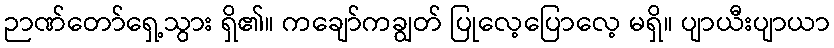
ဉာဏ်တော်ရှေ့သွား ရှိ၏။ ကချော်ကချွတ် ပြုလေ့ပြောလေ့ မရှိ။ ပျာယီးပျာယာ